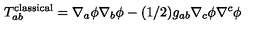
T _ { a b } ^ { \mathrm { c l a s s i c a l } } = \nabla _ { a } \phi \nabla _ { b } \phi - ( 1 / 2 ) g _ { a b } \nabla _ { c } \phi \nabla ^ { c } \phi